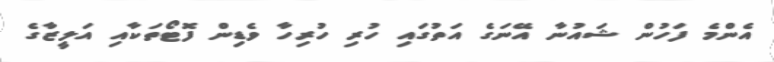
އެންމެ ފަހުން ޝައުނާ އޭނަގެ އަތުގައި ހުރި ހުރިހާ ވެޑިން ފޮޓޯތަކާއި އަލީޒާގެ